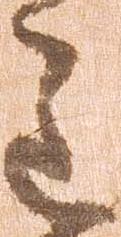
主